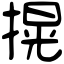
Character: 㨪